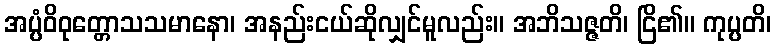
အပ္ပံဝိဝုတ္တောသသမာနော၊ အနည်းငယ်ဆိုလျှင်မူလည်း။ အဘိသဇ္ဇတိ၊ ငြိ၏။ ကုပ္ပတိ၊